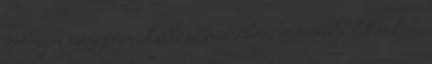
többnyire gúnyosan, habár ez már álmai netovábbja lett volna.